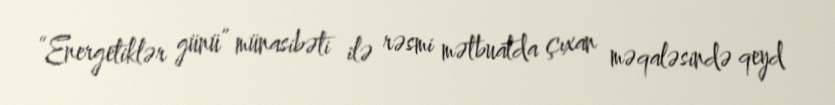
“Energetiklər günü” münasibəti ilə rəsmi mətbuatda çıxan məqaləsində qeyd